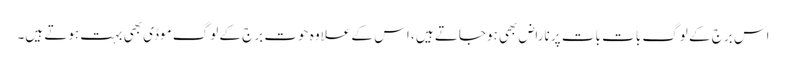
اس برج کے لوگ بات بات پر ناراض بھی ہوجاتے ہیں ، اس کے علاوہ حوت برج کے لوگ موڈی بھی بہت ہوتے ہیں۔